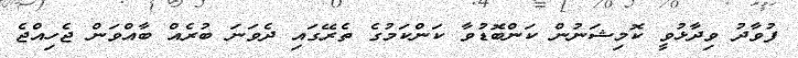
ފުވާދު ވިދާޅުވީ ކޮމިޝަނުން ކަންބޮޑުވާ ކަންކަމުގެ ތެރޭގައި ދެވަނަ ބުރެއް ބާއްވަން ޖެހިއްޖެ